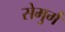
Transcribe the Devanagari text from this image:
सेमुर्ग